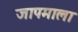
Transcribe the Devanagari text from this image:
जापमाला